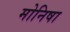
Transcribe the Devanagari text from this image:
मोनिषा